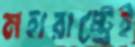
মহারাষ্ট্রেই